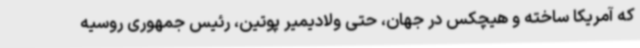
که آمریکا ساخته و هیچکس در جهان، حتی ولادیمیر پوتین، رئیس جمهوری روسیه